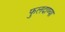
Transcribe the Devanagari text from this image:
फुलदाण्या